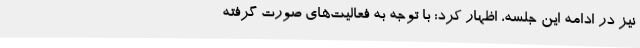
نیز در ادامه این جلسه، اظهار کرد: با توجه به فعالیت‌های صورت گرفته